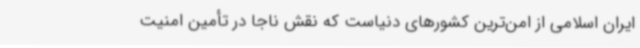
ایران اسلامی از امن‌ترین کشورهای دنیاست که نقش ناجا در تأمین امنیت